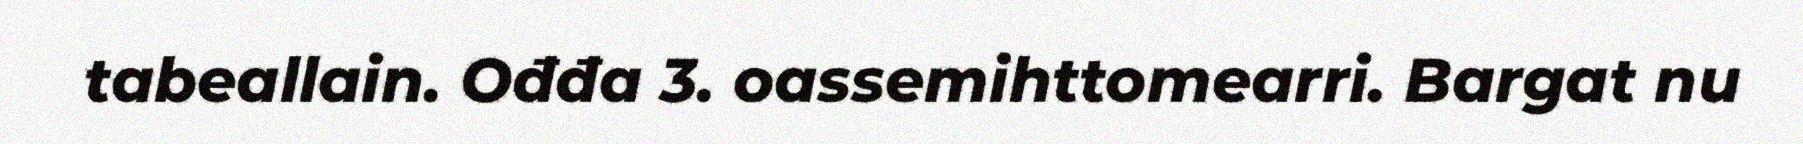
tabeallain. Ođđa 3. oassemihttomearri. Bargat nu